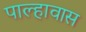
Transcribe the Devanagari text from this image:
पाल्हावास